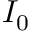
I _ { 0 }